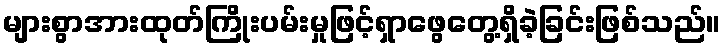
များစွာအားထုတ်ကြိုးပမ်းမှုဖြင့်ရှာဖွေတွေ့ရှိခဲ့ခြင်းဖြစ်သည်။